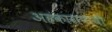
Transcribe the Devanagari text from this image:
अहंकारापायी